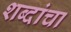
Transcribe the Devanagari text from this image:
शब्दांचा